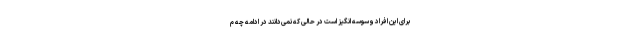
برای این افراد وسوسه انگیز است در حالی که نمی‌دانند در ادامه چه م